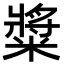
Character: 䊢